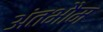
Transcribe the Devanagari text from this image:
अंतभौम